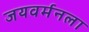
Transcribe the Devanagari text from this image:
जयवर्मनला